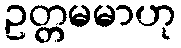
ဥတ္တမမာဟု